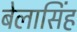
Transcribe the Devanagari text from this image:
बेलासिंह